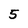
Character: 5